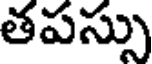
తపస్సు